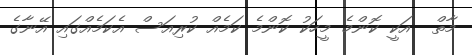
މާތް  އަކީ ކޮންމެ މީހަކު ކޮންމެ ކަމެއް ކުރިއަސް އެކަމެއްގައި އޭނާގެ